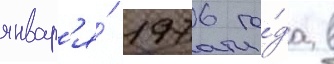
январ'я́ 1976 го́да в